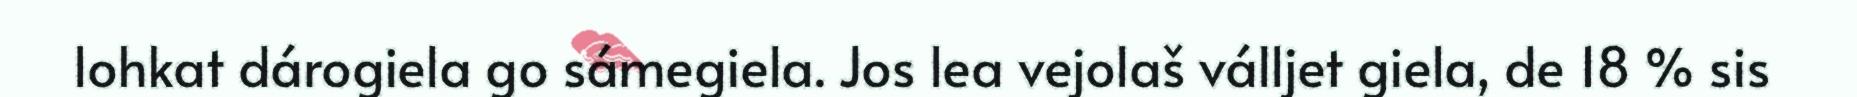
lohkat dárogiela go sámegiela. Jos lea vejolaš válljet giela, de 18 % sis